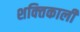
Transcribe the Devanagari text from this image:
शक्‍तिकाली